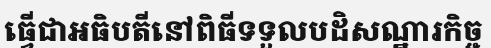
ធ្វើជាអធិបតីនៅពិធីទទួលបដិសណ្ឋារកិច្ច